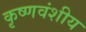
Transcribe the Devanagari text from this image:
कृष्णवंशीय